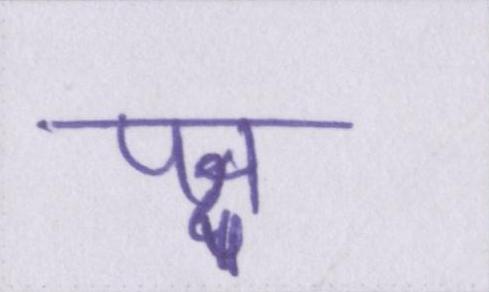
पक्ष